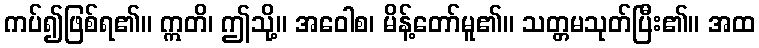
ကပ်၍ဖြစ်ရ၏။ ဣတိ၊ ဤသို့။ အဝေါစ၊ မိန့်တော်မူ၏။ သတ္တမသုတ်ပြီး၏။ အထ